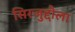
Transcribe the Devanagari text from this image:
सिरजुद्दौला